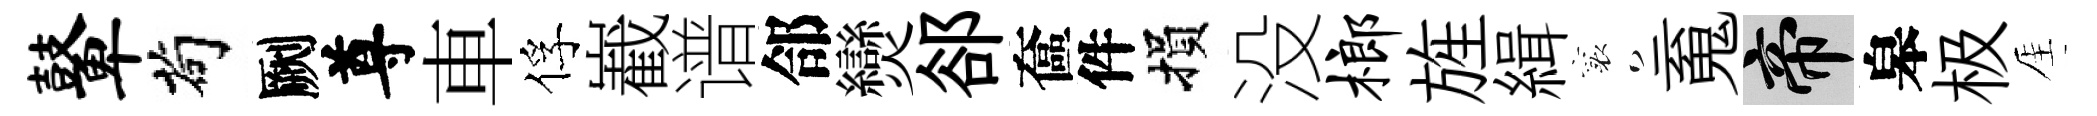
鼙茍劂尊車俘嶻谱郃𤓖郤奩件損没榔旌緝襄䰟帝皋极厓